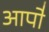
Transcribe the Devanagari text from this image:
आपो॑